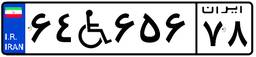
۶۴W۶۵۶۷۸